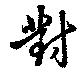
対